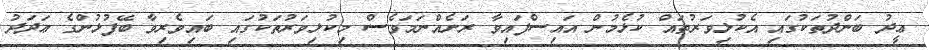
ޢީދު ބަންދުތަކުގައި އެކުޅިވަރުތައް ކުޅެމުން އައިސްފައިވާ ރަށެއްނަމަވެސް މިކުޅިވަރުތަކުގައި ބައިވެރިވާ ބޭފުޅުންގެ ޢަދަދު